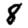
Digit: 8